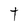
Character: t